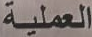
العملية